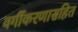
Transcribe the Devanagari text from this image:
वर्गीकरणासहित